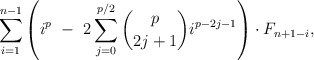
\begin{align*}\ \ \ \ \ \ \ \ \ \ \ \ \ \ \ \ \ \ \sum_{i=1}^{n-1} \left(i^{p} \ - \ 2\sum_{j=0}^{p/2} \binom{p}{2j+1} i^{p-2j-1} \right) \cdot F_{n+1-i},\end{align*}